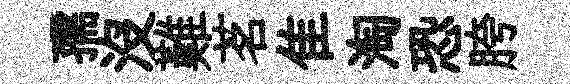
孺沒難茗隹淘恐胯